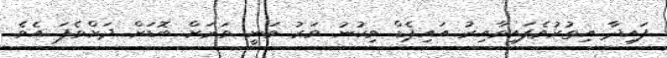
ފައިދާ އިތުރުވެފައިވާއިރު އައިޕެޑް ވިކުނު ވަރު ވަނީ ވަރަށް ބޮޑަށް ދަށްވެފަ އެވެ.